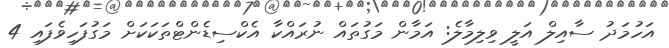
އަހުމަދު ސާއިލް އަލީ ވިލިމާލެ: އަމާން މަގުތައް ނުރައްކާ އެކްސިޑެންޓްތަކަކަށް މަގުފަހިވެފައި 4